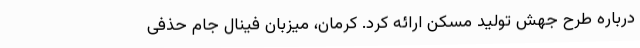
درباره طرح جهش تولید مسکن ارائه کرد. کرمان، میزبان فینال جام حذفی